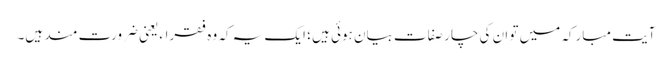
آیت مبارکہ میں تو ان کی چار صفات بیان ہوئی ہیں ؛ ایک یہ کہ وہ فقراء یعنی ضرورت مند ہیں۔